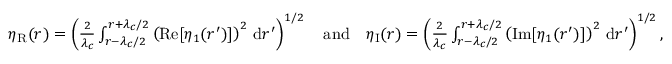
\begin{array} { r } { \eta _ { \mathrm { R } } ( r ) = \left( \frac { 2 } { \lambda _ { c } } \int _ { r - \lambda _ { c } / 2 } ^ { r + \lambda _ { c } / 2 } \left( \mathrm { R e } [ \eta _ { 1 } ( r ^ { \prime } ) ] \right) ^ { 2 } \, \mathrm { d } r ^ { \prime } \right) ^ { 1 / 2 } \quad \mathrm { a n d } \quad \eta _ { \mathrm { I } } ( r ) = \left( \frac { 2 } { \lambda _ { c } } \int _ { r - \lambda _ { c } / 2 } ^ { r + \lambda _ { c } / 2 } \left( \mathrm { I m } [ \eta _ { 1 } ( r ^ { \prime } ) ] \right) ^ { 2 } \, \mathrm { d } r ^ { \prime } \right) ^ { 1 / 2 } , } \end{array}